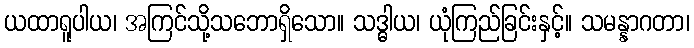
ယထာရူပါယ၊ အကြင်သို့သဘောရှိသော။ သဒ္ဓါယ၊ ယုံကြည်ခြင်းနှင့်။ သမန္နာဂတာ၊